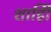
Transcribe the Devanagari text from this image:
शाहीि